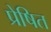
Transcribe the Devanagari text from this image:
प्रेषित